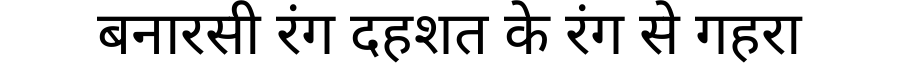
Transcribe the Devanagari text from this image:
बनारसी रंग दहशत के रंग से गहरा